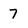
Character: 7